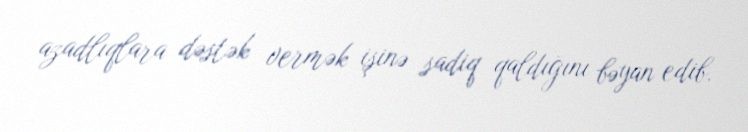
azadlıqlara dəstək vermək işinə sadiq qaldığını bəyan edib.